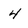
Character: 4